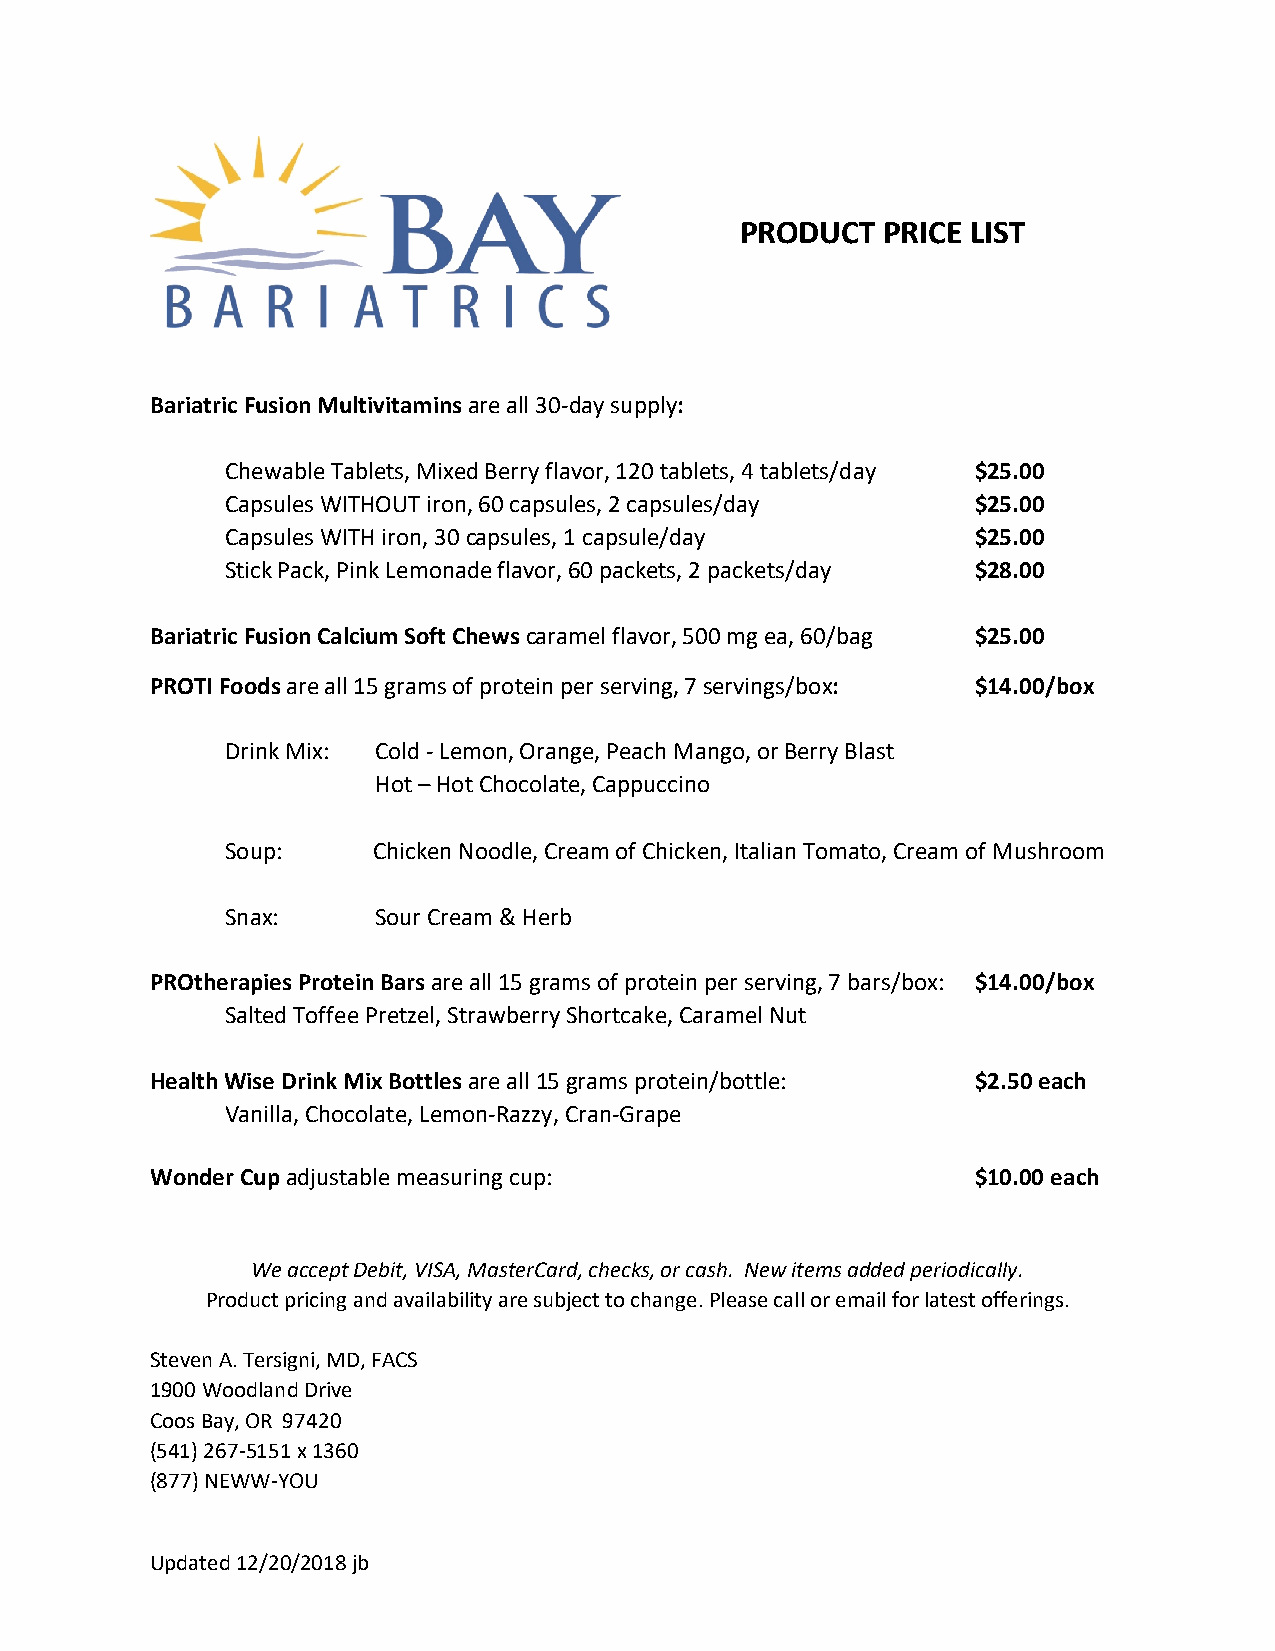
PRODUCT  PRICE LIST
 Bariatric Fusion Multivitamins are all 30-day supply:
 Chewable Tablets, Mixed Berry flavor, 120 tablets, 4 tablets/day $25.00
 Capsules WITHOUT iron, 60 capsules, 2 capsules/day $25.00
 Capsules WITH iron, 30 capsules, 1 capsule/day    $25.00
 Stick Pack, Pink Lemonade flavor, 60 packets, 2 packets/day $28.00
 Bariatric Fusion Calcium Soft Chews caramel flavor, 500 mg ea, 60/bag $25.00
 PROTI Foods are all 15 grams of protein per serving, 7 servings/box: $14.00/box
 Drink Mix: Cold - Lemon, Orange, Peach Mango, or Berry Blast
 Hot – Hot Chocolate, Cappuccino
 Soup:     Chicken Noodle, Cream of Chicken, Italian Tomato, Cream of Mushroom
 Snax:     Sour Cream & Herb
 PROtherapies Protein Bars are all 15 grams of protein per serving, 7 bars/box: $14.00/box
 Salted Toffee Pretzel, Strawberry Shortcake, Caramel Nut
 Health Wise Drink Mix Bottles are all 15 grams protein/bottle: $2.50 each
 Vanilla, Chocolate, Lemon-Razzy, Cran-Grape
 Wonder Cup adjustable measuring cup:                   $10.00 each
 We accept Debit, VISA, MasterCard, checks, or cash. New items added periodically.
 Product pricing and availability are subject to change. Please call or email for latest offerings.
 Steven A. Tersigni, MD, FACS
 1900 Woodland Drive
 Coos Bay, OR 97420
 (541) 267-5151 x 1360
 (877) NEWW-YOU
 Updated 12/20/2018 jb